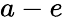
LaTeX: a-e